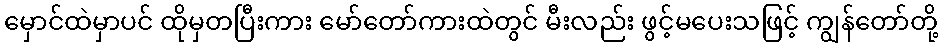
မှောင်ထဲမှာပင် ထိုမှတပြီးကား မော်တော်ကားထဲတွင် မီးလည်း ဖွင့်မပေးသဖြင့် ကျွန်တော်တို့